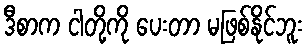
ဒီစာက ငါတို့ကို ပေးတာ မဖြစ်နိုင်ဘူး